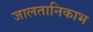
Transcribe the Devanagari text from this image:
जालतानिकाभ